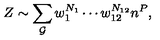
Z \sim \sum _ { { \cal G } } w _ { 1 } ^ { N _ { 1 } } \cdots w _ { 1 2 } ^ { N _ { 1 2 } } n ^ { P } ,